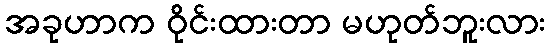
အခုဟာက ဝိုင်းထားတာ မဟုတ်ဘူးလား